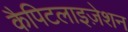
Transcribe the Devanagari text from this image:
कैपिटलाइज़ेशन